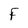
Character: F